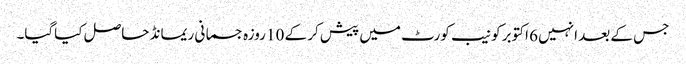
جس کے بعد انہیں 6 اکتوبر کو نیب کورٹ میں پیش کر کے 10 روزہ جسمانی ریمانڈ حاصل کیاگیا۔